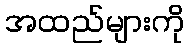
အထည်များကို